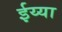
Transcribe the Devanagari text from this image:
ईय्या